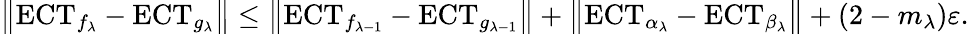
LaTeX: \big\| \mathrm{ECT}_{f_{\lambda}}-\mathrm{ECT}_{g_{\lambda}}\big\| \leq\big\| \mathrm{ECT}_{f_{\lambda-1}}-\mathrm{ECT}_{g_{\lambda-1}}\big\| +\big\| \mathrm{ECT}_{\alpha_{\lambda}}-\mathrm{ECT}_{\beta_{\lambda}}\big\| +(2-m_{\lambda})\varepsilon.